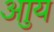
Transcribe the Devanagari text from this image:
आुय